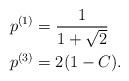
LaTeX: \begin{align*}&p^{(1)}=\frac{1}{1+\sqrt{2}}\\ &p^{(3)}=2(1-C). \end{align*}